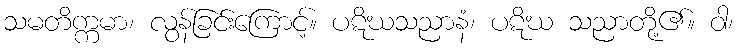
သမတိက္ကမာ၊ လွန်ခြင်းကြောင့်။ ပဋိဃသညာနံ၊ ပဋိဃ သညာတို့၏။ ဝါ၊